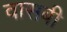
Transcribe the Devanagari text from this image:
वासबी